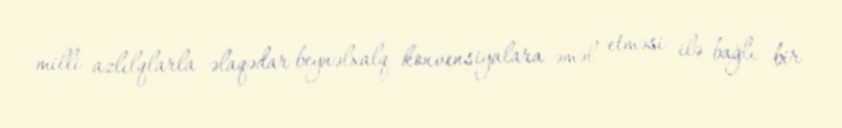
milli azlılqlarla əlaqədar beynəlxalq konvensiyalara əməl etməsi ilə bağlı bir